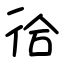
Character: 㣛